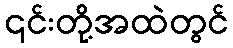
၎င်းတို့အထဲတွင်